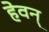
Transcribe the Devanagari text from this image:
हेवन्